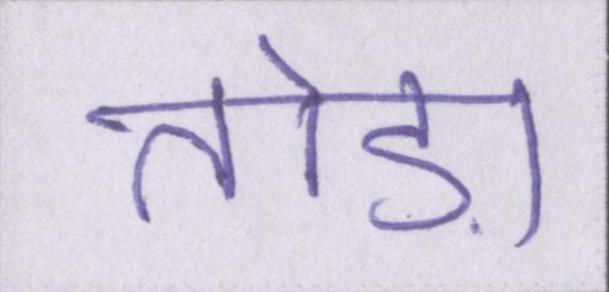
तोड़ा